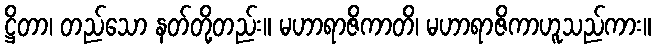
ဋ္ဌိတာ၊ တည်သော နတ်တို့တည်း။ မဟာရာဇိကာတိ၊ မဟာရာဇိကာဟူသည်ကား။